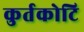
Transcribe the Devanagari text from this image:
कुर्तकोटि